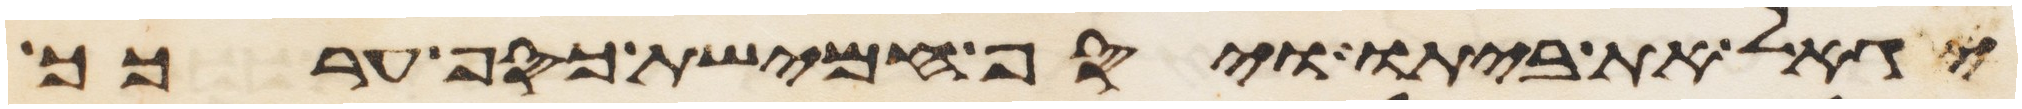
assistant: יגאל את ביתו ויסף חמישת כסף ערכך